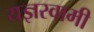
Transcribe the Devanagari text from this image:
यज्ञस्वामी